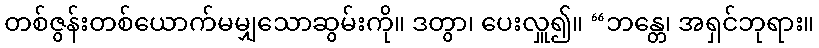
တစ်ဇွန်းတစ်ယောက်မမျှသောဆွမ်းကို။ ဒတွာ၊ ပေးလှူ၍။ “ဘန္တေ၊ အရှင်ဘုရား။